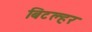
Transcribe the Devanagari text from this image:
बिटल्हर